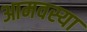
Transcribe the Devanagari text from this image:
आमवस्या